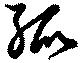
孤